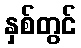
နှစ်တွင်